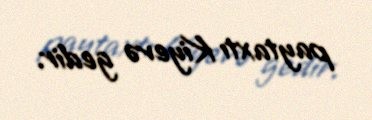
paytaxtı Kiyevə gedir.